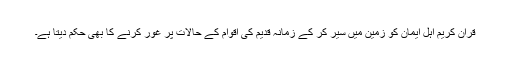
قرآن کریم اہلِ ایمان کو زمین میں سیر کر کے زمانۂ قدیم کی اقوام کے حالات پر غور کرنے کا بھی حکم دیتا ہے۔